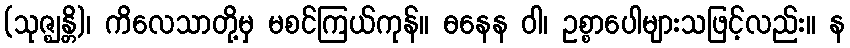
(သုဇ္ဈန္တိ)၊ ကိလေသာတို့မှ မစင်ကြယ်ကုန်။ ဓနေန ဝါ၊ ဥစ္စာပေါများသဖြင့်လည်း။ န